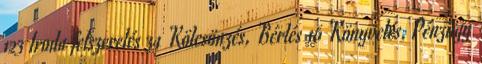
123 Iroda felszerelés 34 Kölcsönzés, Bérlés 16 Könyvelés, Pénzügy